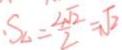
S _ { \Delta } = \frac { 2 \sqrt { 2 } } { 2 } = \sqrt { 2 }